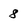
Character: 8